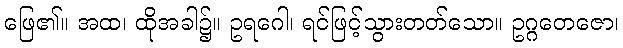
ဖြေ၏။ အထ၊ ထိုအခါ၌။ ဥရဂေါ၊ ရင်ဖြင့်သွားတတ်သော။ ဥဂ္ဂတေဇော၊